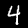
Digit: 4